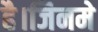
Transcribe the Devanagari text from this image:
है।जिनमे